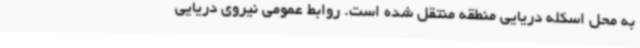
به محل اسکله دریایی منطقه منتقل شده است. روابط عمومی نیروی دریایی